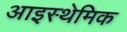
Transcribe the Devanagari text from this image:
आइस्थेमिक